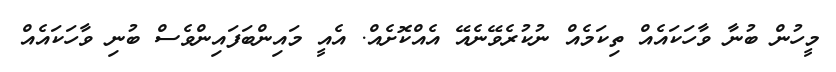
މީހުން ބުނާ ވާހަކައެއް ތިކަމެއް ނުކުރެވޭނެއޭ އެއްކޮށެއް. އެއީ މައިންބަފައިންވެސް ބުނި ވާހަކައެއް